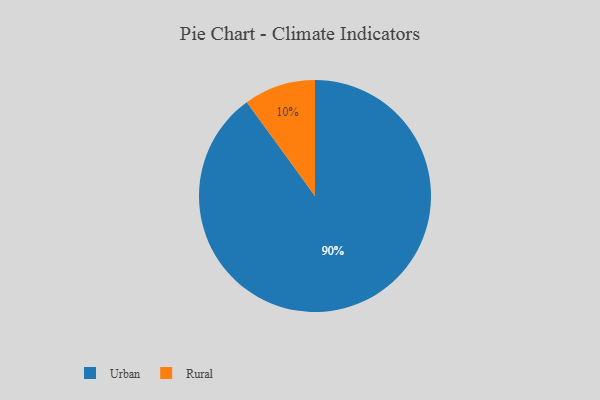
{"axis": {"x": "Category", "y": "Percentage"}, "legend": ["Rural", "Urban"], "data": [{"x": "Rural", "y": 10, "type": "Rural"}, {"x": "Urban", "y": 90, "type": "Urban"}]}